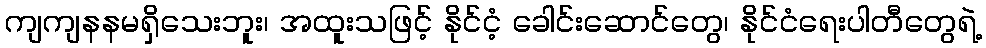
ကျကျနနမရှိသေးဘူး၊ အထူးသဖြင့် နိုင်ငံ့ ခေါင်းဆောင်တွေ၊ နိုင်ငံရေးပါတီတွေရဲ့